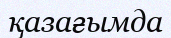
қазағымда